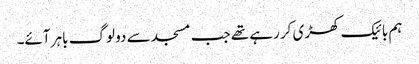
ہم بائیک کھڑی کر رہے تھے جب مسجد سے دو لوگ باہر آئے۔